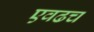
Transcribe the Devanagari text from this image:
एवढच